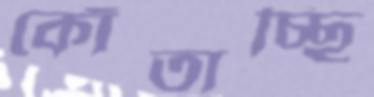
কোঁতাচ্ছি